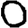
Digit: 0